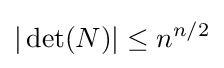
|\operatorname {det} (N)|\leq n^{n/2}